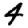
Digit: 4